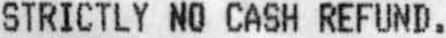
STRICTLY NO CASH REFUND.